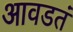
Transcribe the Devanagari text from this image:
आवडतं